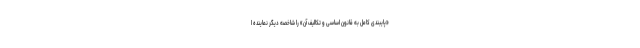
«پایبندی کامل به قانون اساسی و تکالیف آن» را شاخصه دیگر نماینده ا